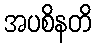
အပစိနတိ